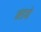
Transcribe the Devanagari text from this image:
मंडपो